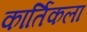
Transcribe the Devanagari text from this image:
कार्तिकला